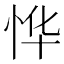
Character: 𫺆